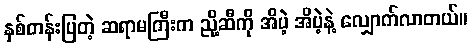
နှစ်တန်းပြတဲ့ ဆရာမကြီးက ညို့ဆီကို အိပဲ့ အိပဲ့နဲ့ လျှောက်လာတယ်။